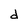
Character: d